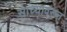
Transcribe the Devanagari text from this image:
साच्यावरून